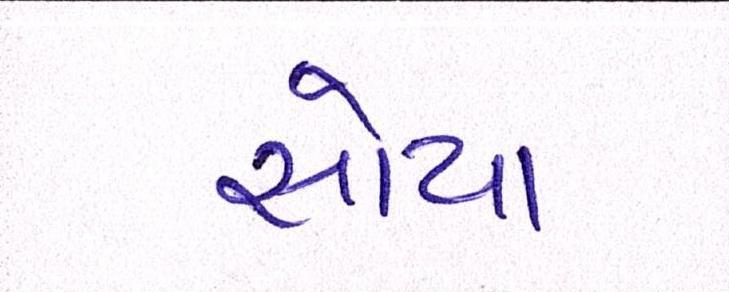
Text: સોયા